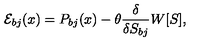
{ \cal E } _ { b j } ( x ) = P _ { b j } ( x ) - \theta \frac { \delta } { \delta S _ { b j } } W [ S ] ,